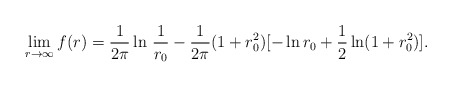
\begin{align*}\lim_{r\rightarrow\infty} f(r)=\frac{1}{2\pi}\ln\,\frac{1}{r_0}-\frac{1}{2\pi}(1+r_{0}^{2})[-\ln r_{0}+\frac{1}{2}\ln(1+r_{0}^{2})].\end{align*}